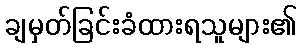
ချမှတ်ခြင်းခံထားရသူများ၏